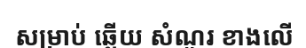
សម្រាប់ ឆ្លើយ សំណួរ ខាងលើ